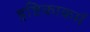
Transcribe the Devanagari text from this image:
इष्टिकाकर्म